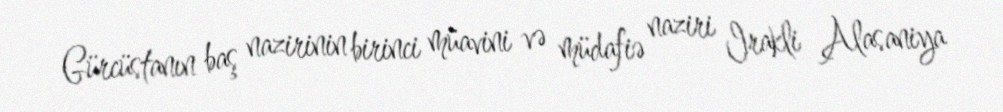
Gürcüstanın baş nazirinin birinci müavini və müdafiə naziri Irakli Alasaniya